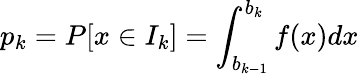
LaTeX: p_{k}=P[x\in I_{k}]=\int_{b_{k-1}}^{b_{k}}f(x)dx